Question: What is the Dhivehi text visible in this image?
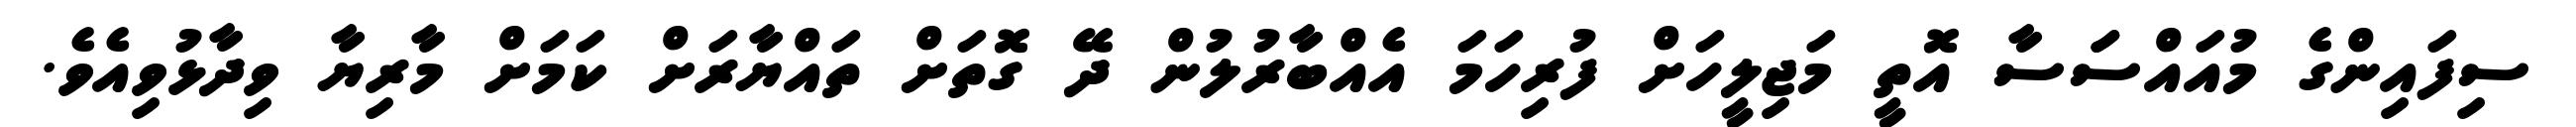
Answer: ސިފައިންގެ މުއައްސަަސާ އޮތީ މަޖިލީހަށް ފުރިހަމަ އެއްބާރުލުން ދޭ ގޮތަށް ތައްޔާރަށް ކަމަށް މާރިޔާ ވިދާޅުވިއެވެ.